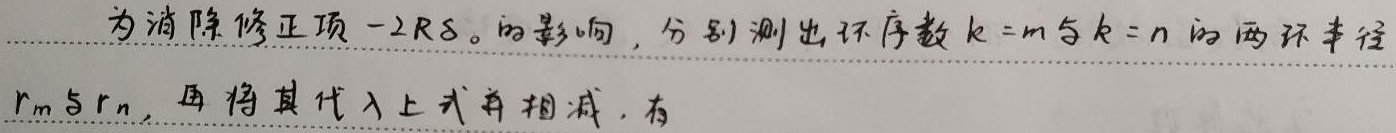
为消除修正项\(-2R\delta_{0}\)的影响，分别测出环序数\(k = m\)与\(k = n\)的两环半径\(r_{m}\)与\(r_{n}\)，再将其代入上式并相减，有